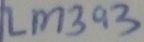
Text: LM393